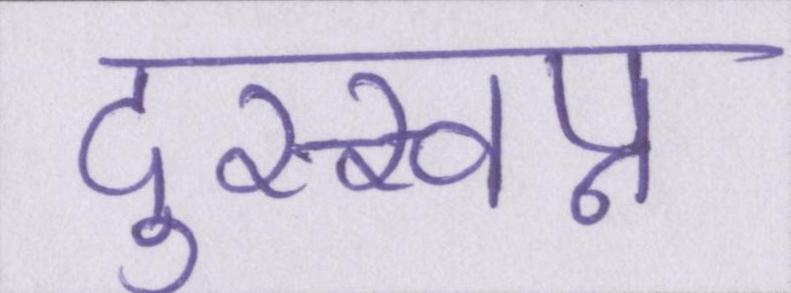
दुस्स्वप्न